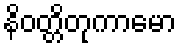
နိဝတ္တိတုကာမော